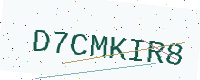
Text: D7CMKIR8